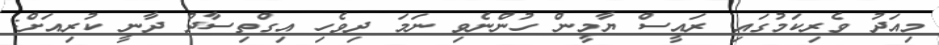
މިއަދު ވެރިކަމުގައި ރައީސް ޔާމީން ހުންނެވި ނަމަ ދިވެހި އިގްތިސާދު ދާނީ ކުރިއަށް: